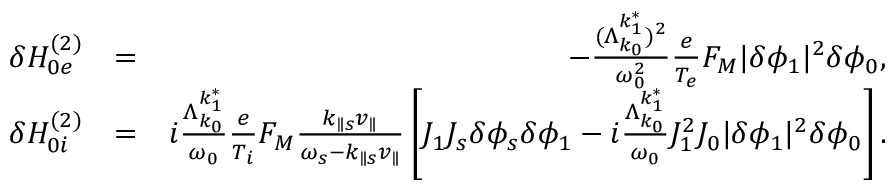
\begin{array} { r l r } { \delta H _ { 0 e } ^ { ( 2 ) } } & { = } & { - \frac { ( \Lambda _ { k _ { 0 } } ^ { k _ { 1 } ^ { * } } ) ^ { 2 } } { \omega _ { 0 } ^ { 2 } } \frac { e } { T _ { e } } F _ { M } \lvert \delta \phi _ { 1 } \rvert ^ { 2 } \delta \phi _ { 0 } , } \\ { \delta H _ { 0 i } ^ { ( 2 ) } } & { = } & { i \frac { \Lambda _ { k _ { 0 } } ^ { k _ { 1 } ^ { * } } } { \omega _ { 0 } } \frac { e } { T _ { i } } F _ { M } \frac { k _ { \parallel s } v _ { \parallel } } { \omega _ { s } - k _ { \parallel s } v _ { \parallel } } \left[ J _ { 1 } J _ { s } \delta \phi _ { s } \delta \phi _ { 1 } - i \frac { \Lambda _ { k _ { 0 } } ^ { k _ { 1 } ^ { * } } } { \omega _ { 0 } } J _ { 1 } ^ { 2 } J _ { 0 } \lvert \delta \phi _ { 1 } \rvert ^ { 2 } \delta \phi _ { 0 } \right] . } \end{array}